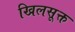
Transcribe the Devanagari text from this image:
खिलसूक्त